Indian journal of veterinary science and animal husbandry - Volume 11,
Year: 1941
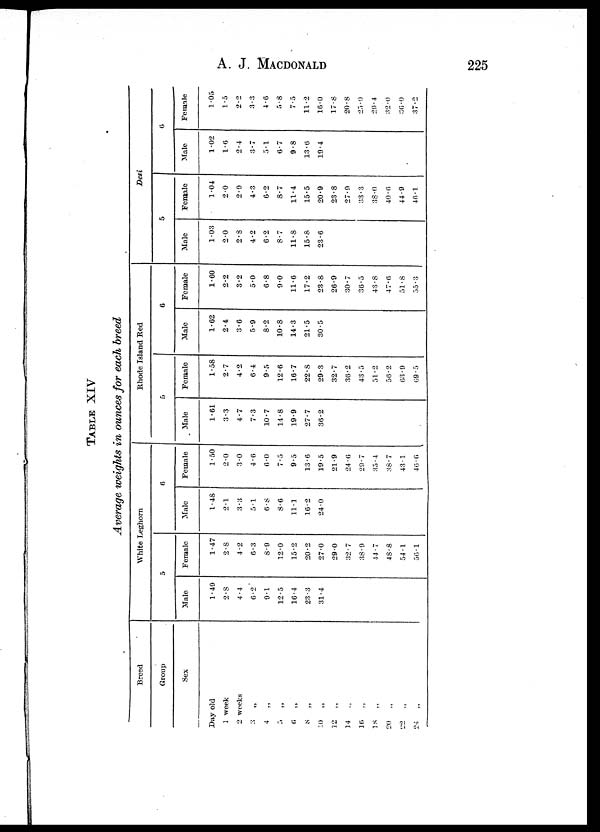
A. J.
MACDONALD
225
TABLE XIV
Average weights in ounces for each breed
Breed
Group
Sex
Day old
1 week
2 weeks
3 „
4
„
5
„
6 „
8
„
10 „
12
„
14 „
16
„
18
„
20 „
22 „
24 „
White Leghorn
5
Male
1.49
2.8
4.4
6.2
9.1
12.5
16.4
23.3
31.4
Female
1.47
2.8
4.2
6.3
8.9
12.0
15.2
20.2
27.0
29.0
32.7
38.9
44.7
48.8
54.1
56.1
6
Male
1.48
2.1
3.3
5.1
6.8
8.6
11.1
16.2
24.0
Female
1.50
2.0
3.0
4.6
6.0
7.5
9.5
13.6
19.5
21.9
24 .6
29.7
35.4
38.7
43.1
46 .6
Rhode Island Red
5
Male
1.61
3.3
4.7
7.3
10.7
14.8
19.9
27.7
36.2
Female
1.58
2.7
4.2
6.4
9.5
12.6
16.7
22.8
29.3
32.7
36.2
43.5
51.2
56.2
63.9
69.5
6
Male
1.62
2.4
3.6
5.9
8.2
10.8
14.3
21.5
30.5
Female
1.60
2.2
3.2
5.0
6.8
9.0
11.6
17.2
23.8
26.9
30.7
36.5
43.8
47.6
51.8
55.3
Desi
5
Male
1.03
2.0
2.8
4.2
6.2
8.7
11.8
15.8
23.6
Female
1.04
2.0
2.9
4.3
6.2
8.7
11.4
15.5
20.9
23.8
27.9
33.3
38.0
40.6
44.9
46.1
6
Male
1.02
1.6
2.4
3.7
5.1
6.7
9.8
13.6
19.4
Female
1.05
1.5
2.2
3.3
4.6
5.8
7.5
11.2
16.0
17.8
20.8
25.0
29.4
32.0
36.0
37.2